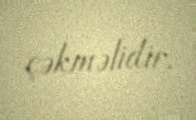
çəkməlidir.